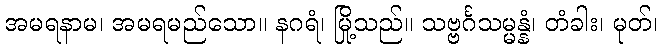
အမရနာမ၊ အမရမည်သော။ နဂရံ၊ မြို့သည်။ သဗ္ဗင်္ဂသမ္မန္နံ၊ တံခါး၊ မုတ်၊